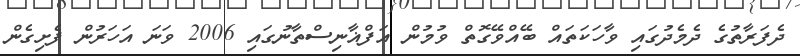
ދެފަރާތުގެ ދެމެދުގައި ވާހަކަތައް ބޭއްވޭގޮތް ވުމުން އަފްޣާނިސްތާނުގައި 2006 ވަނަ އަހަރުން ފެށިގެން